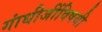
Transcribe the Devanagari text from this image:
गांधीजींविषयी